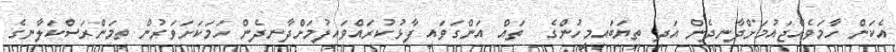
އެކަން ހާމަވެއްޖައުމަށްދާނދެން އަދި ތިޔަބައިމީހުންގެ  ތައް އަންގަވައި ފާޅުކުރައްވައިފުމަށްދާނދެން ހަމަކަށަވަރުން ތިމަންރަސްކަލާނގެ